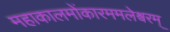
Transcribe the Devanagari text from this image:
महाकालमोंकारममलेश्वरम्